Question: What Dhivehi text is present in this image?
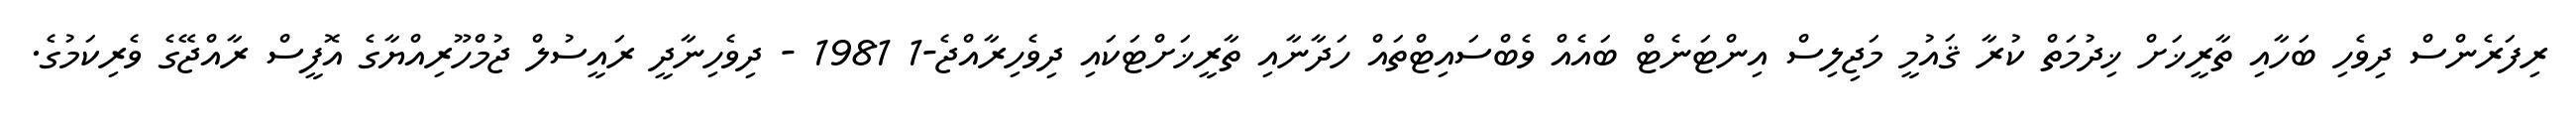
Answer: ރިފަރެންސް ދިވެހި ބަހާއި ތާރީޚަށް ޚިދުމަތް ކުރާ ޤައުމީ މަޖިލިސް އިންޓަނެޓް ބައެއް ވެބްސައިޓްތައް ހަދާނާއި ތާރީޚަށްޓަކައި ދިވެހިރާއްޖެ-1 1981 - ދިވެހިނާދީ ރައީސުލް ޖުމްހޫރިއްޔާގެ އޮފީސް ރާއްޖޭގެ ވެރިކަމުގެ.